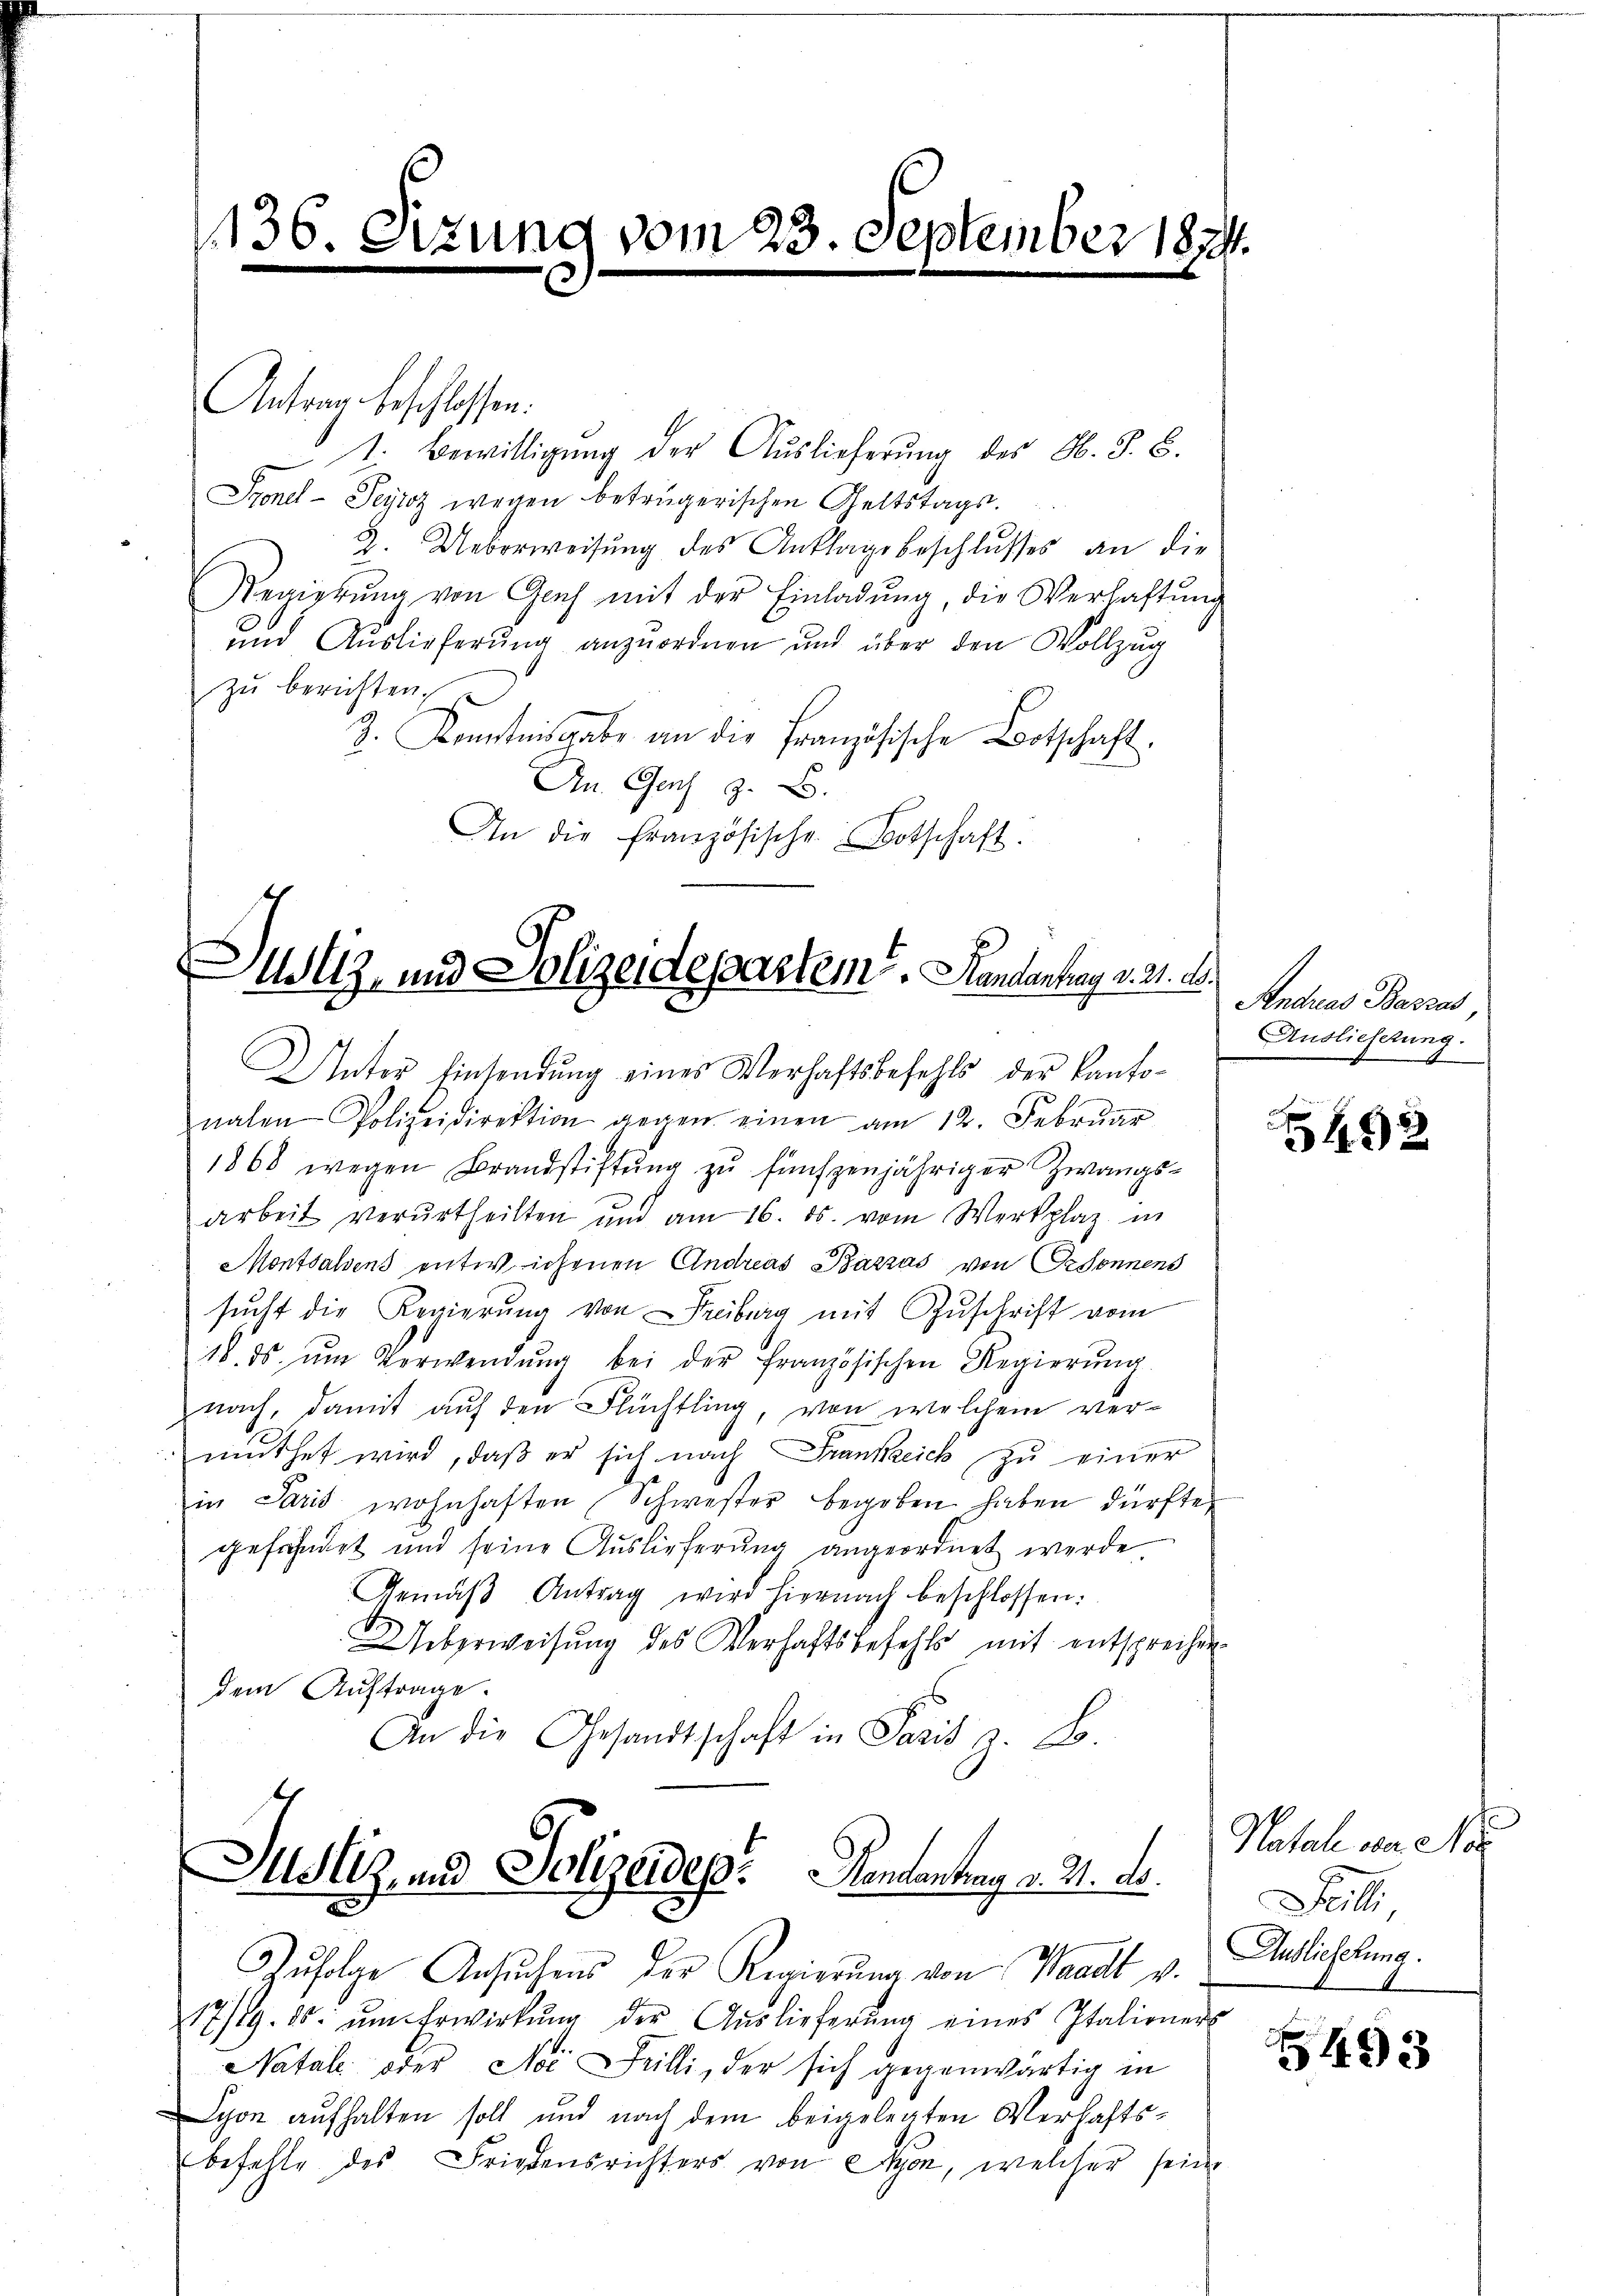
Antrag beschlossen:
1. Bewilligung der Auslieferung des H. S. B.
Syonel-Peyioz wegen betrügerischen Geltstags.
2. Ueberweisung des Anklage beschlusses an die
Regierŭng von Genf mit der Einladŭng, die Verhaftung
und Auslieferung anzuordnen und über den Vollzug
zŭ berichten.
J. Kenntnisgabe an die Französische Botschaft.
An Gas z. B.
An die französische Botschaft.

136. Sizung vom 23. September 1824.

Justiz- und Polizeidepartem. Handantrag v. 21. d.
Unter Einsendung eines Verhaftsbefehls der Kanto¬

nahen Polizeidirektion gegen einen am 12. Febrŭar
1868 wegen Brandstiftung zu fünfzenjähriger Zwangsarbeit verurtheilten und am 16. ds. vom Werkplaz in
Monthalsens entwichenen Andreas Bazzas von Ordonnens
sŭcht die Regierŭng von Freiburg mit Zuschrift vom
18. ds. ŭm Verwendŭng bei der französischen Regierŭng.
nach, damit auf den Flüchtling, von welchem vermuthet wird, daß er sich nach Frankreich zŭ einer
in Paris wohnhaften Schwester begeben haben dürfte,
gefährdet und seine Auslieferung angeordnet werde
Gemäβ Antrag wird hiernach beschlossen:
UUeberweisung des Verhaftsbefehls mit entsprechen
dem Auftrage.
An die Gesandtschaft in Pasis s. B.

Justiz, und Polizeides. Kantantung v. 21. d.

Zufolge Ansuchens der Regierung von Waadt v.
17/19. ds. ŭm Erwirkŭng der Aŭslieferŭng eines Italionens
Natale oder Noć Feilli, der sich gegenwärtig in
Lyon aufhalten soll und nach dem beigelegten Verhaftsbefehle des Friedensrichters von Lyon, welcher seine

Andreas Basza
Auslieferung.

5492

Natale von Ne
Jilli
Auslieferung.

5493